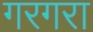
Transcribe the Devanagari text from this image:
गरगरा